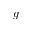
g